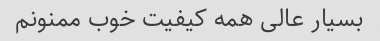
بسیار عالی همه کیفیت خوب ممنونم